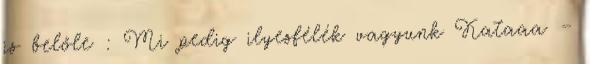
is belőle : Mi pedig ilyesfélék vagyunk Kataaa –